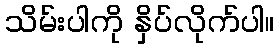
သိမ်းပါကို နှိပ်လိုက်ပါ။